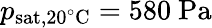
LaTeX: p_{\mathrm{sat,20^{\circ}C}}=580\ \mathrm{Pa}